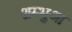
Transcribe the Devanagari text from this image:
शम्भुआ